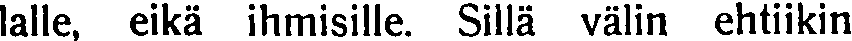
lalle, eikä ihmisille. Sillä välin ehtiikin